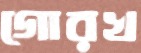
গোরখ